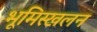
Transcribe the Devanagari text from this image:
भूमिस्खलन